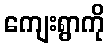
ကျေးရွာကို